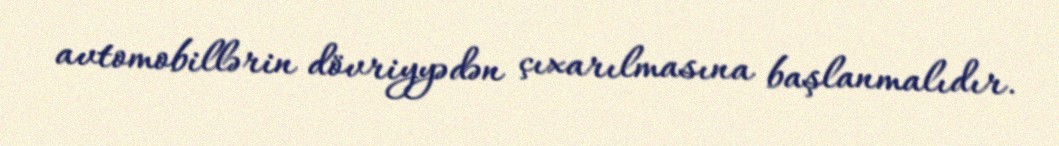
avtomobillərin dövriyyədən çıxarılmasına başlanmalıdır.